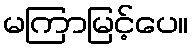
မကြာမြင့်ပေ။